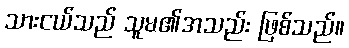
သားငယ်သည် သူမ၏အသည်း ဖြစ်သည်။